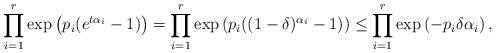
LaTeX: \begin{align*}\prod_{i=1}^r \exp \left( p_i (e^{ t\alpha_i }-1) \right) =\prod_{i=1}^r \exp \left( p_i ((1-\delta)^{ \alpha_i }-1) \right) \leq \prod_{i=1}^r \exp \left( -p_i \delta \alpha_i \right), \end{align*}